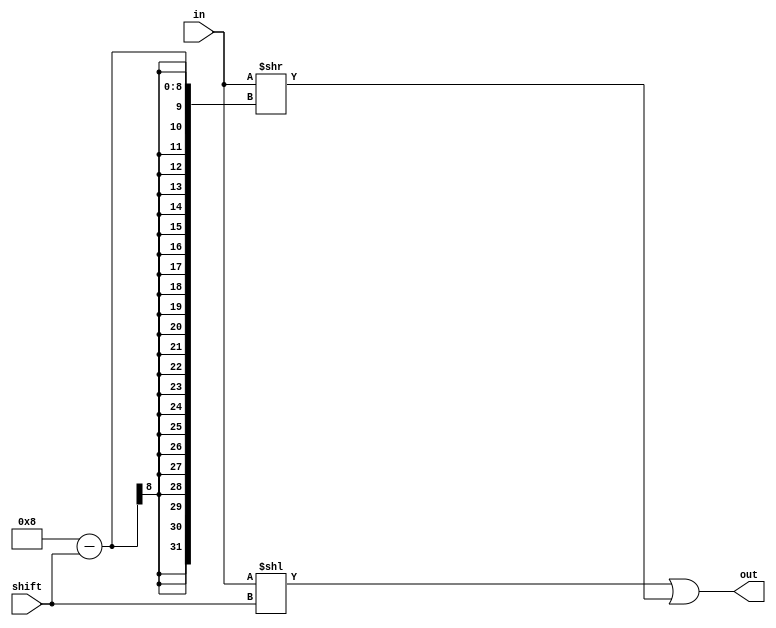
module TC_Ror (in, shift, out);
    parameter UUID = 0;
    parameter NAME = "";
    parameter BIT_WIDTH = 8;
    input [BIT_WIDTH-1:0] in;
    input [7:0] shift;
    output [BIT_WIDTH-1:0] out;

    assign out = (in << shift) | (in >> (BIT_WIDTH - shift));
endmodule